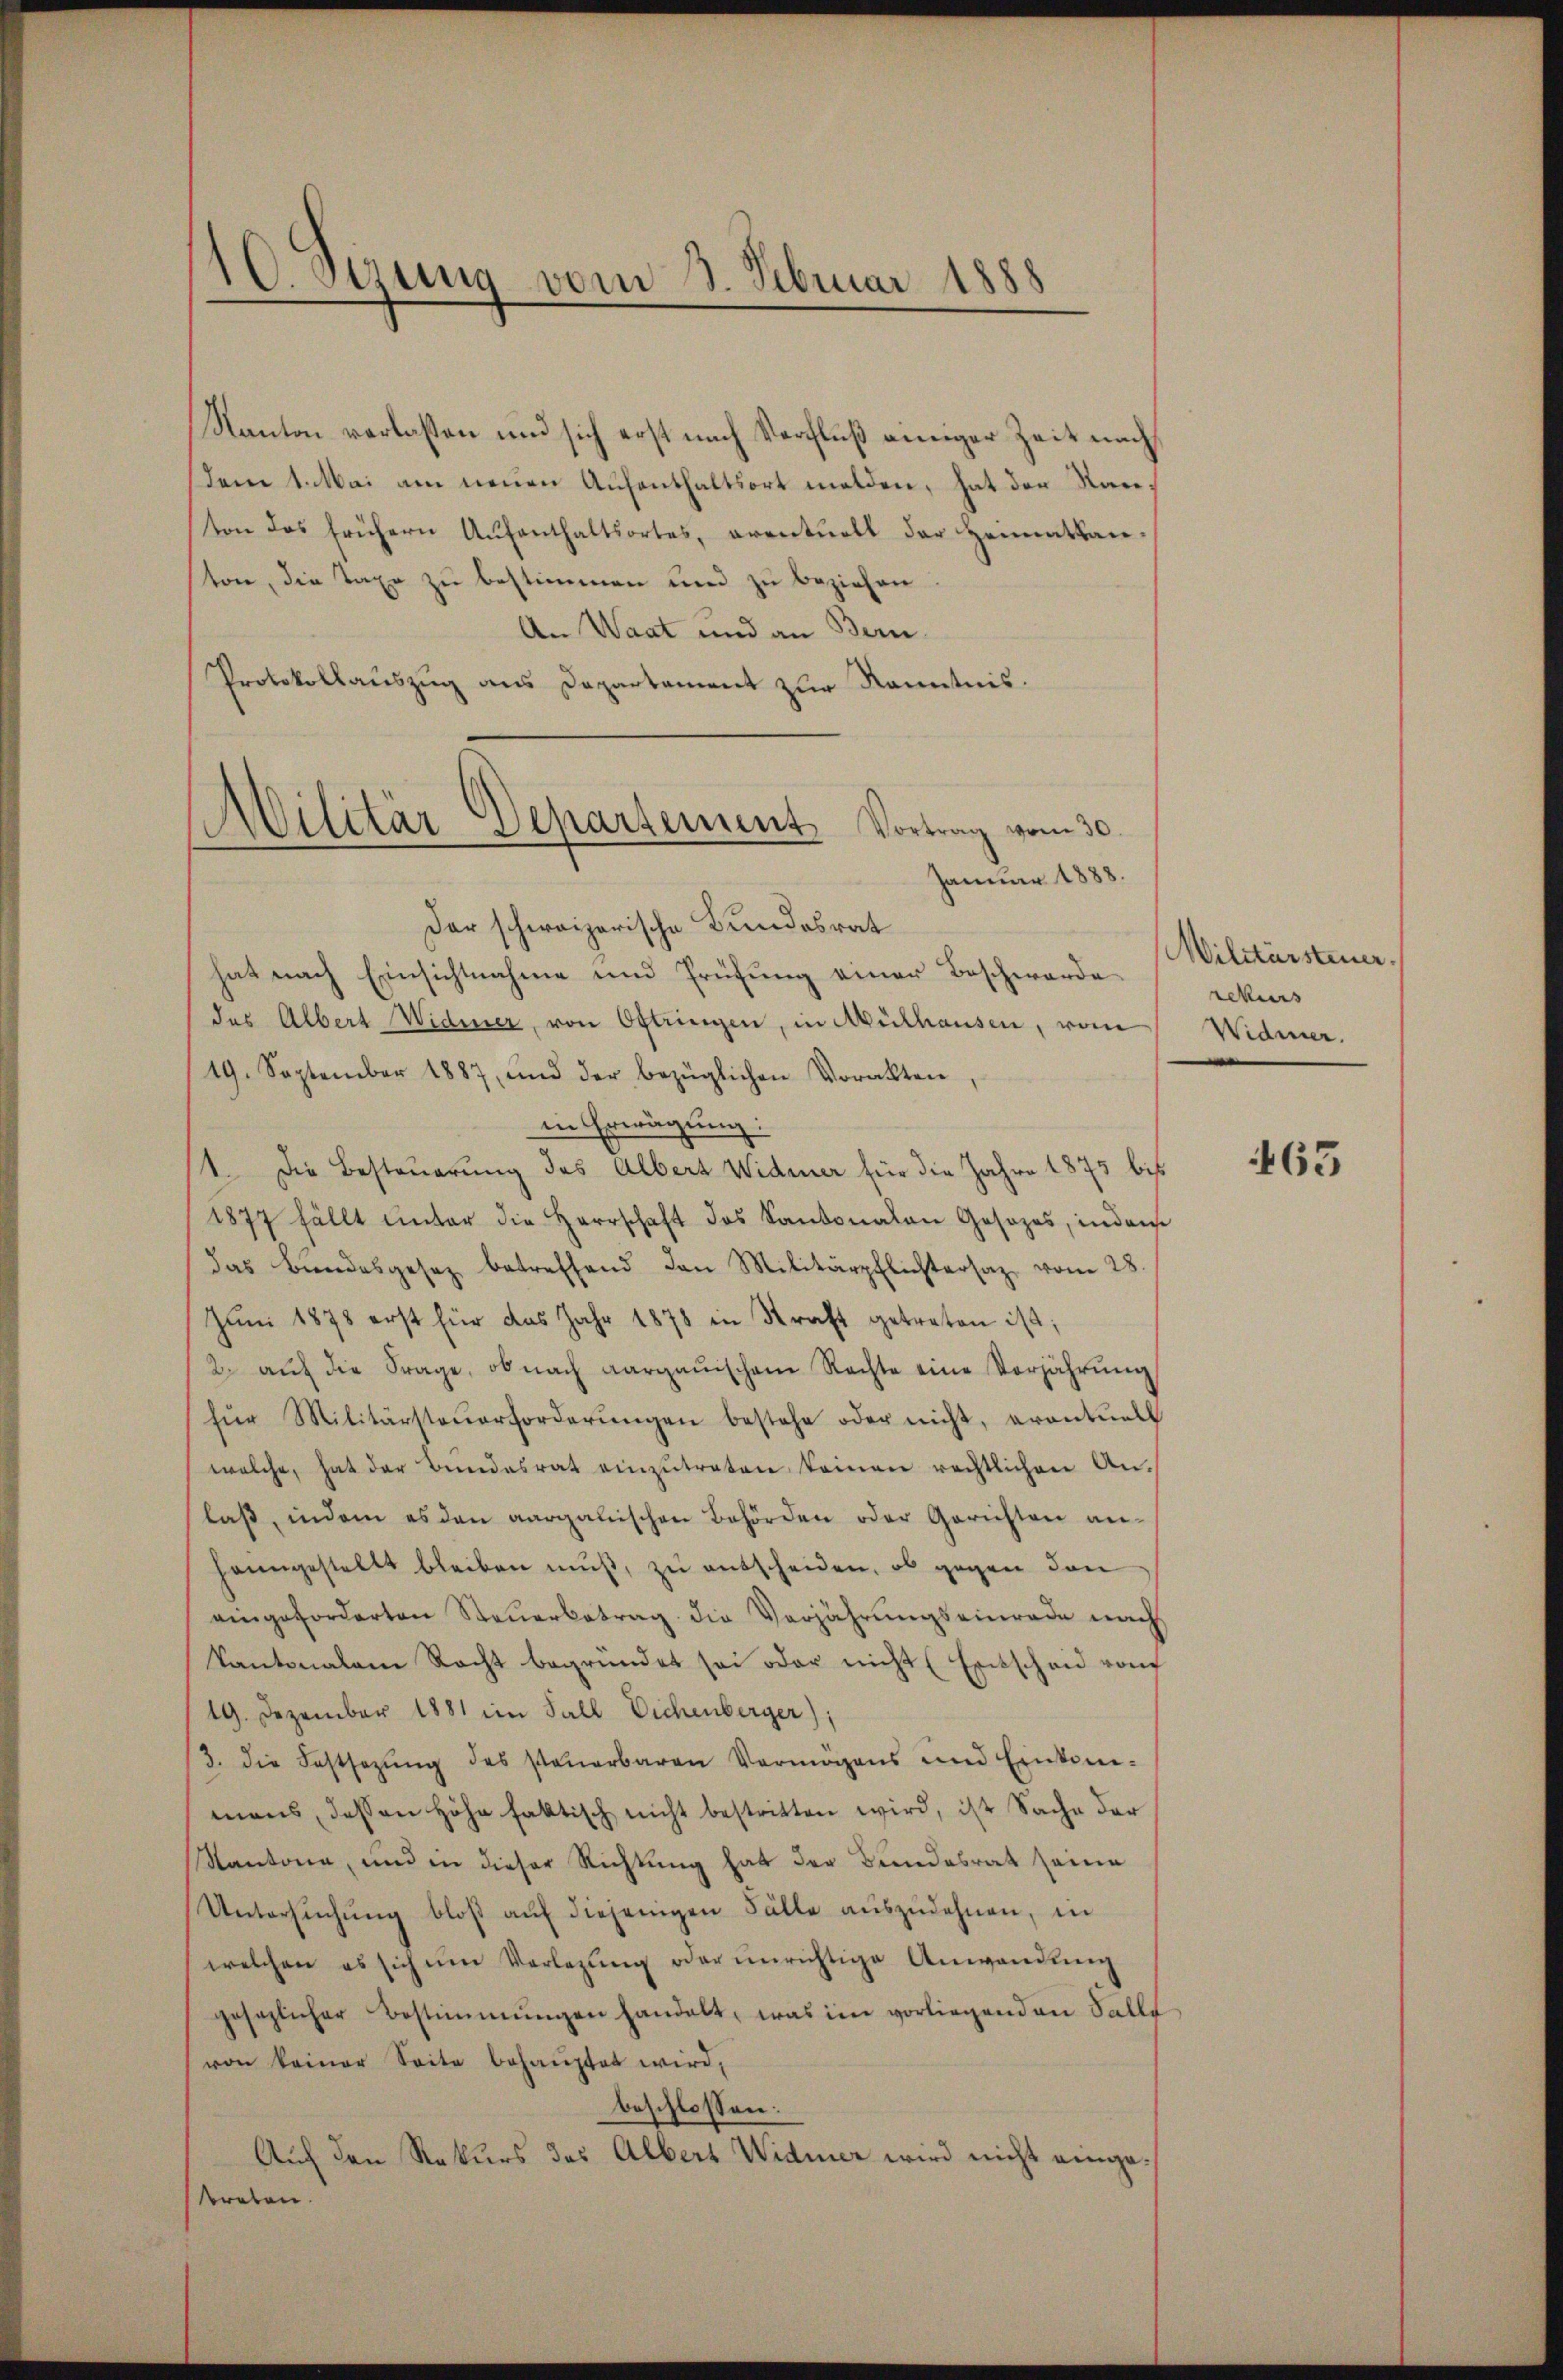
Kanton verlassen und sich erst nach Verfluß einiger Zeit nach
den 1. Mai am neuen Aufenthaltsort melden, hat der Rauton das frühern Aufenthaltsortes, eventuell der Heimatkanston, die Taxe zu bestimmen und zu beziehen.
An Waat und an Bern.
Protokollauszug aus Departement zur Kenntnis.
Januar 1888.
Der schweizerische Bundesrat
hat nach Einsichtnahme und Prüfung einer Beschwerde
des Albert Widmer, von Oftringen, in Mülhausen, vom
19. September 1887, und der bezüglichen Vorakten
in Erwägung:
1. Die Besteuerung des Albert Widmer für die Jahre 1875 bis
1877 fällt unter die Herrschaft des Kantonalen Gesezes, indem
das Bundesgesetz betreffend den Militärpflichtersaz vom 28.
Jŭni 1878 erst für das Jahr 1878 in Straft getreten ist;
2. aŭf die Frage, ob nach Aargauischem Rechte eine Verjährŭng
für Militärsteŭerforderŭngen bestehe oder nicht, eventuell
welche, hat der Bundesrat einzŭtreten keinen rechtlichen An-
laβ, indem es den aargauischen Behörden oder Gerichten an-
heimgestellt bleiben mŭβ, zu entscheiden, ob gegen den
eingeforderten Steŭerbetrag die Verjährungseinrade nach
Kantonalem Recht begründet sei oder nicht (Entscheid von
19. Dezember 1881 im Fall Eichenberger),
3. die Festsezŭng des steŭerbaren Vermögens und Einkone-
mans, dessen Höhe faktisch nicht bestritten wird, ist Sache der
Kantona, und in dieser Richtung hat der Bundesrat seine
Untersŭchŭng bloβ aŭf diejenigen Fälle aŭszŭdehnen, in
welchen es sich um Vorlegŭng oder unrichtige Anwendung
gesezlicher Bestimmungen handelt, was im vorliegenden Salle
von keiner Seite behauptet wird,
beschlossen:
Auf den Rekurs des Albert Widmer wird nicht eingesreben.

10. Sezung vom 3. Februar 1888

Militär Departement Vortrag vom 30.

Militärsteuer.
rekurs
Widmer.

63